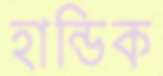
হান্ডিক